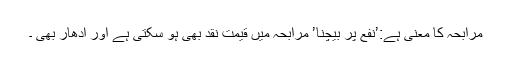
مرابحہ کا معنی ہے:’نفع پر بیچنا’ مرابحہ میں قیمت نقد بھی ہو سکتی ہے اور اُدھار بھی ۔